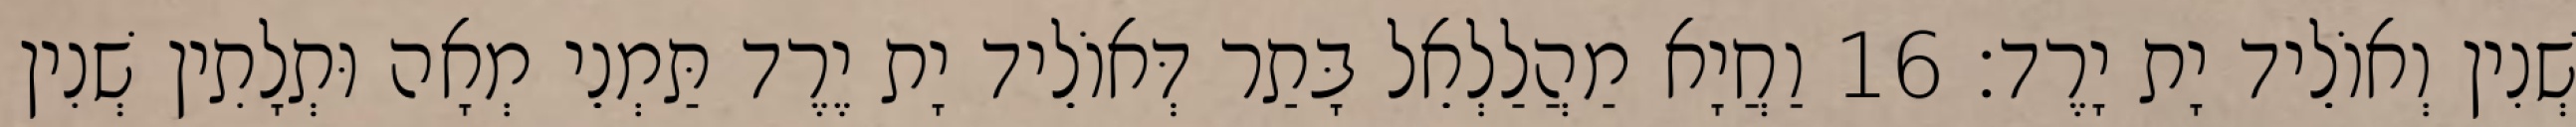
שְׁנִין וְאוֹלֵיד יָת יָרֶד׃ 16 וַחֲיָא מַהֲלַלְאֵל בָּתַר דְּאוֹלֵיד יָת יֶרֶד תַּמְנֵי מְאָה וּתְלָתִין שְׁנִין